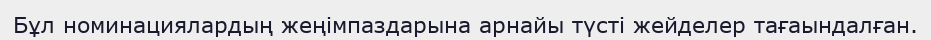
Бұл номинациялардың жеңiмпаздарына арнайы түстi жейделер тағаындалған.